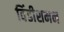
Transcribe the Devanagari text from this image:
विंडीशमन